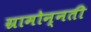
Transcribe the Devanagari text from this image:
ग्रामोन्नती